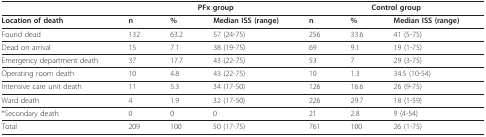
<table><thead><tr><td></td><td colspan="3"><b>PFx group</b></td><td colspan="3"><b>Control group</b></td></tr></thead><tbody><tr><td><b>Location of death</b></td><td><b>n</b></td><td><b>%</b></td><td><b>Median ISS (range)</b></td><td><b>n</b></td><td><b>%</b></td><td><b>Median ISS (range)</b></td></tr><tr><td>Found dead</td><td>132</td><td>63.2</td><td>57 (24-75)</td><td>256</td><td>33.6</td><td>41 (5-75)</td></tr><tr><td>Dead on arrival</td><td>15</td><td>7.1</td><td>38 (19-75)</td><td>69</td><td>9.1</td><td>19 (1-75)</td></tr><tr><td>Emergency department death</td><td>37</td><td>17.7</td><td>43 (22-75)</td><td>53</td><td>7</td><td>29 (3-75)</td></tr><tr><td>Operating room death</td><td>10</td><td>4.8</td><td>43 (22-75)</td><td>10</td><td>1.3</td><td>34.5 (10-54)</td></tr><tr><td>Intensive care unit death</td><td>11</td><td>5.3</td><td>34 (17-50)</td><td>126</td><td>16.6</td><td>26 (9-75)</td></tr><tr><td>Ward death</td><td>4</td><td>1.9</td><td>32 (17-50)</td><td>226</td><td>29.7</td><td>18 (1-59)</td></tr><tr><td>*Secondary death</td><td>0</td><td>0</td><td>0</td><td>21</td><td>2.8</td><td>9 (4-54)</td></tr><tr><td>Total</td><td>209</td><td>100</td><td>50 (17-75)</td><td>761</td><td>100</td><td>26 (1-75)</td></tr></tbody></table>